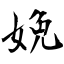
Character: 娩